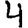
Digit: 4